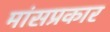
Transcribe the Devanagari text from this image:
मांसप्रकार